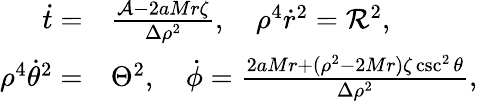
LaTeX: \begin{array}{rl}{\dot{t}=}&{{}\frac{{\cal A}-2aMr\zeta}{\Delta\rho^{2}},\quad\rho^{4}\dot{r}^{2}={\cal R}^{2},}\\ {\rho^{4}\dot{\theta}^{2}=}&{{}\Theta^{2},\quad\dot{\phi}=\frac{2aMr+(\rho^{2}-2Mr)\zeta\csc^{2}\theta}{\Delta\rho^{2}},}\end{array}